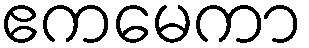
ဧကမေကာ